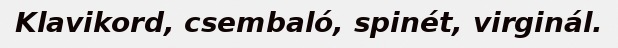
Klavikord, csembaló, spinét, virginál.